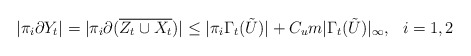
\begin{align*} |\pi_i \partial Y_t| = |\pi_i \partial (\overline{Z_t \cup X_t})| \le |\pi_i \Gamma_t(\tilde{U})| + C_{u}m| \Gamma_t(\tilde{U})|_\infty , \ \ i=1,2\end{align*}